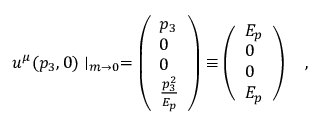
u ^ { \mu } ( p _ { 3 } , 0 ) \mid _ { m \rightarrow 0 } = \left( \begin{array} { l } { { p _ { 3 } } } \\ { { 0 } } \\ { { 0 } } \\ { { { \frac { p _ { 3 } ^ { 2 } } { E _ { p } } } } } \end{array} \right) \equiv \left( \begin{array} { l } { { E _ { p } } } \\ { { 0 } } \\ { { 0 } } \\ { { E _ { p } } } \end{array} \right) \quad ,